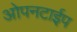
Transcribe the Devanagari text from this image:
ओपनटाईप